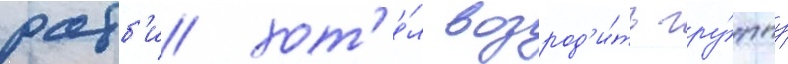
робб'и хот'е́л возрод'и́ть гру́ппу